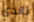
تاندي